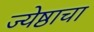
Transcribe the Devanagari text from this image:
ज्येष्ठाचा